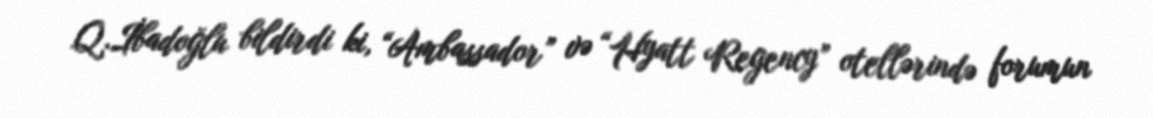
Q.İbadoğlu bildirdi ki, “Ambassador” və “Hyatt Regency” otellərində forumun